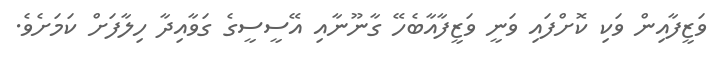
ވަޒީފާއިން ވަކި ކޮށްފައި ވަނީ ވަޒީފާއާބެހޭ ގާނޫނާއި އޭސީސީގެ ގަވާއިދާ ހިލާފަށް ކަމަށެވެ.